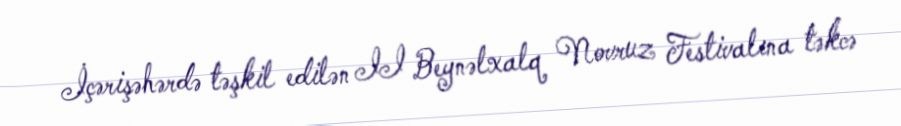
İçərişəhərdə təşkil edilən II Beynəlxalq Novruz Festivalına təkcə